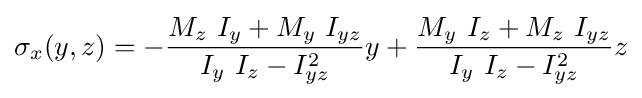
\sigma _{x}(y,z)=-{\frac {M_{z}~I_{y}+M_{y}~I_{yz}}{I_{y}~I_{z}-I_{yz}^{2}}}y+{\frac {M_{y}~I_{z}+M_{z}~I_{yz}}{I_{y}~I_{z}-I_{yz}^{2}}}z